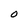
Character: 0